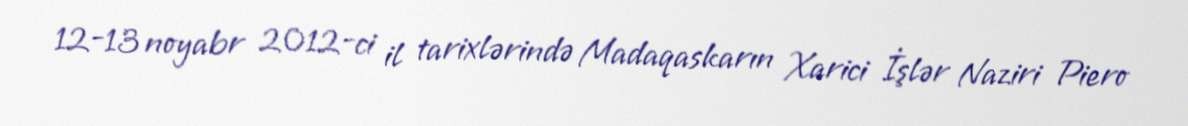
12-13 noyabr 2012-ci il tarixlərində Madaqaskarın Xarici İşlər Naziri Piero